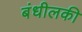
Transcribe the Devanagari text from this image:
बंधीलकी